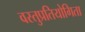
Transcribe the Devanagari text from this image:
वस्तुप्रतियोगिता